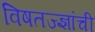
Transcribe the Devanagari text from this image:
विषतज्‍ज्ञांची